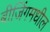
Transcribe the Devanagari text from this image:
बीजिंगमधील